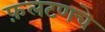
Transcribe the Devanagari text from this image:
फ़लटणचे